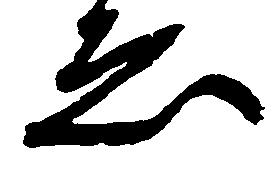
ゑ